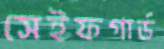
সেইফগার্ড